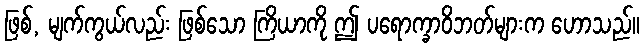
ဖြစ်, မျက်ကွယ်လည်း ဖြစ်သော ကြိယာကို ဤ ပရောက္ခာဝိဘတ်များက ဟောသည်။